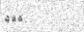
١١١